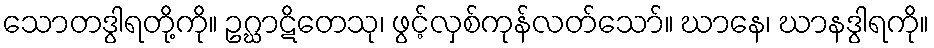
သောတဒွါရတို့ကို။ ဥဂ္ဃာဋိတေသု၊ ဖွင့်လှစ်ကုန်လတ်သော်။ ဃာနေ၊ ဃာနဒွါရကို။